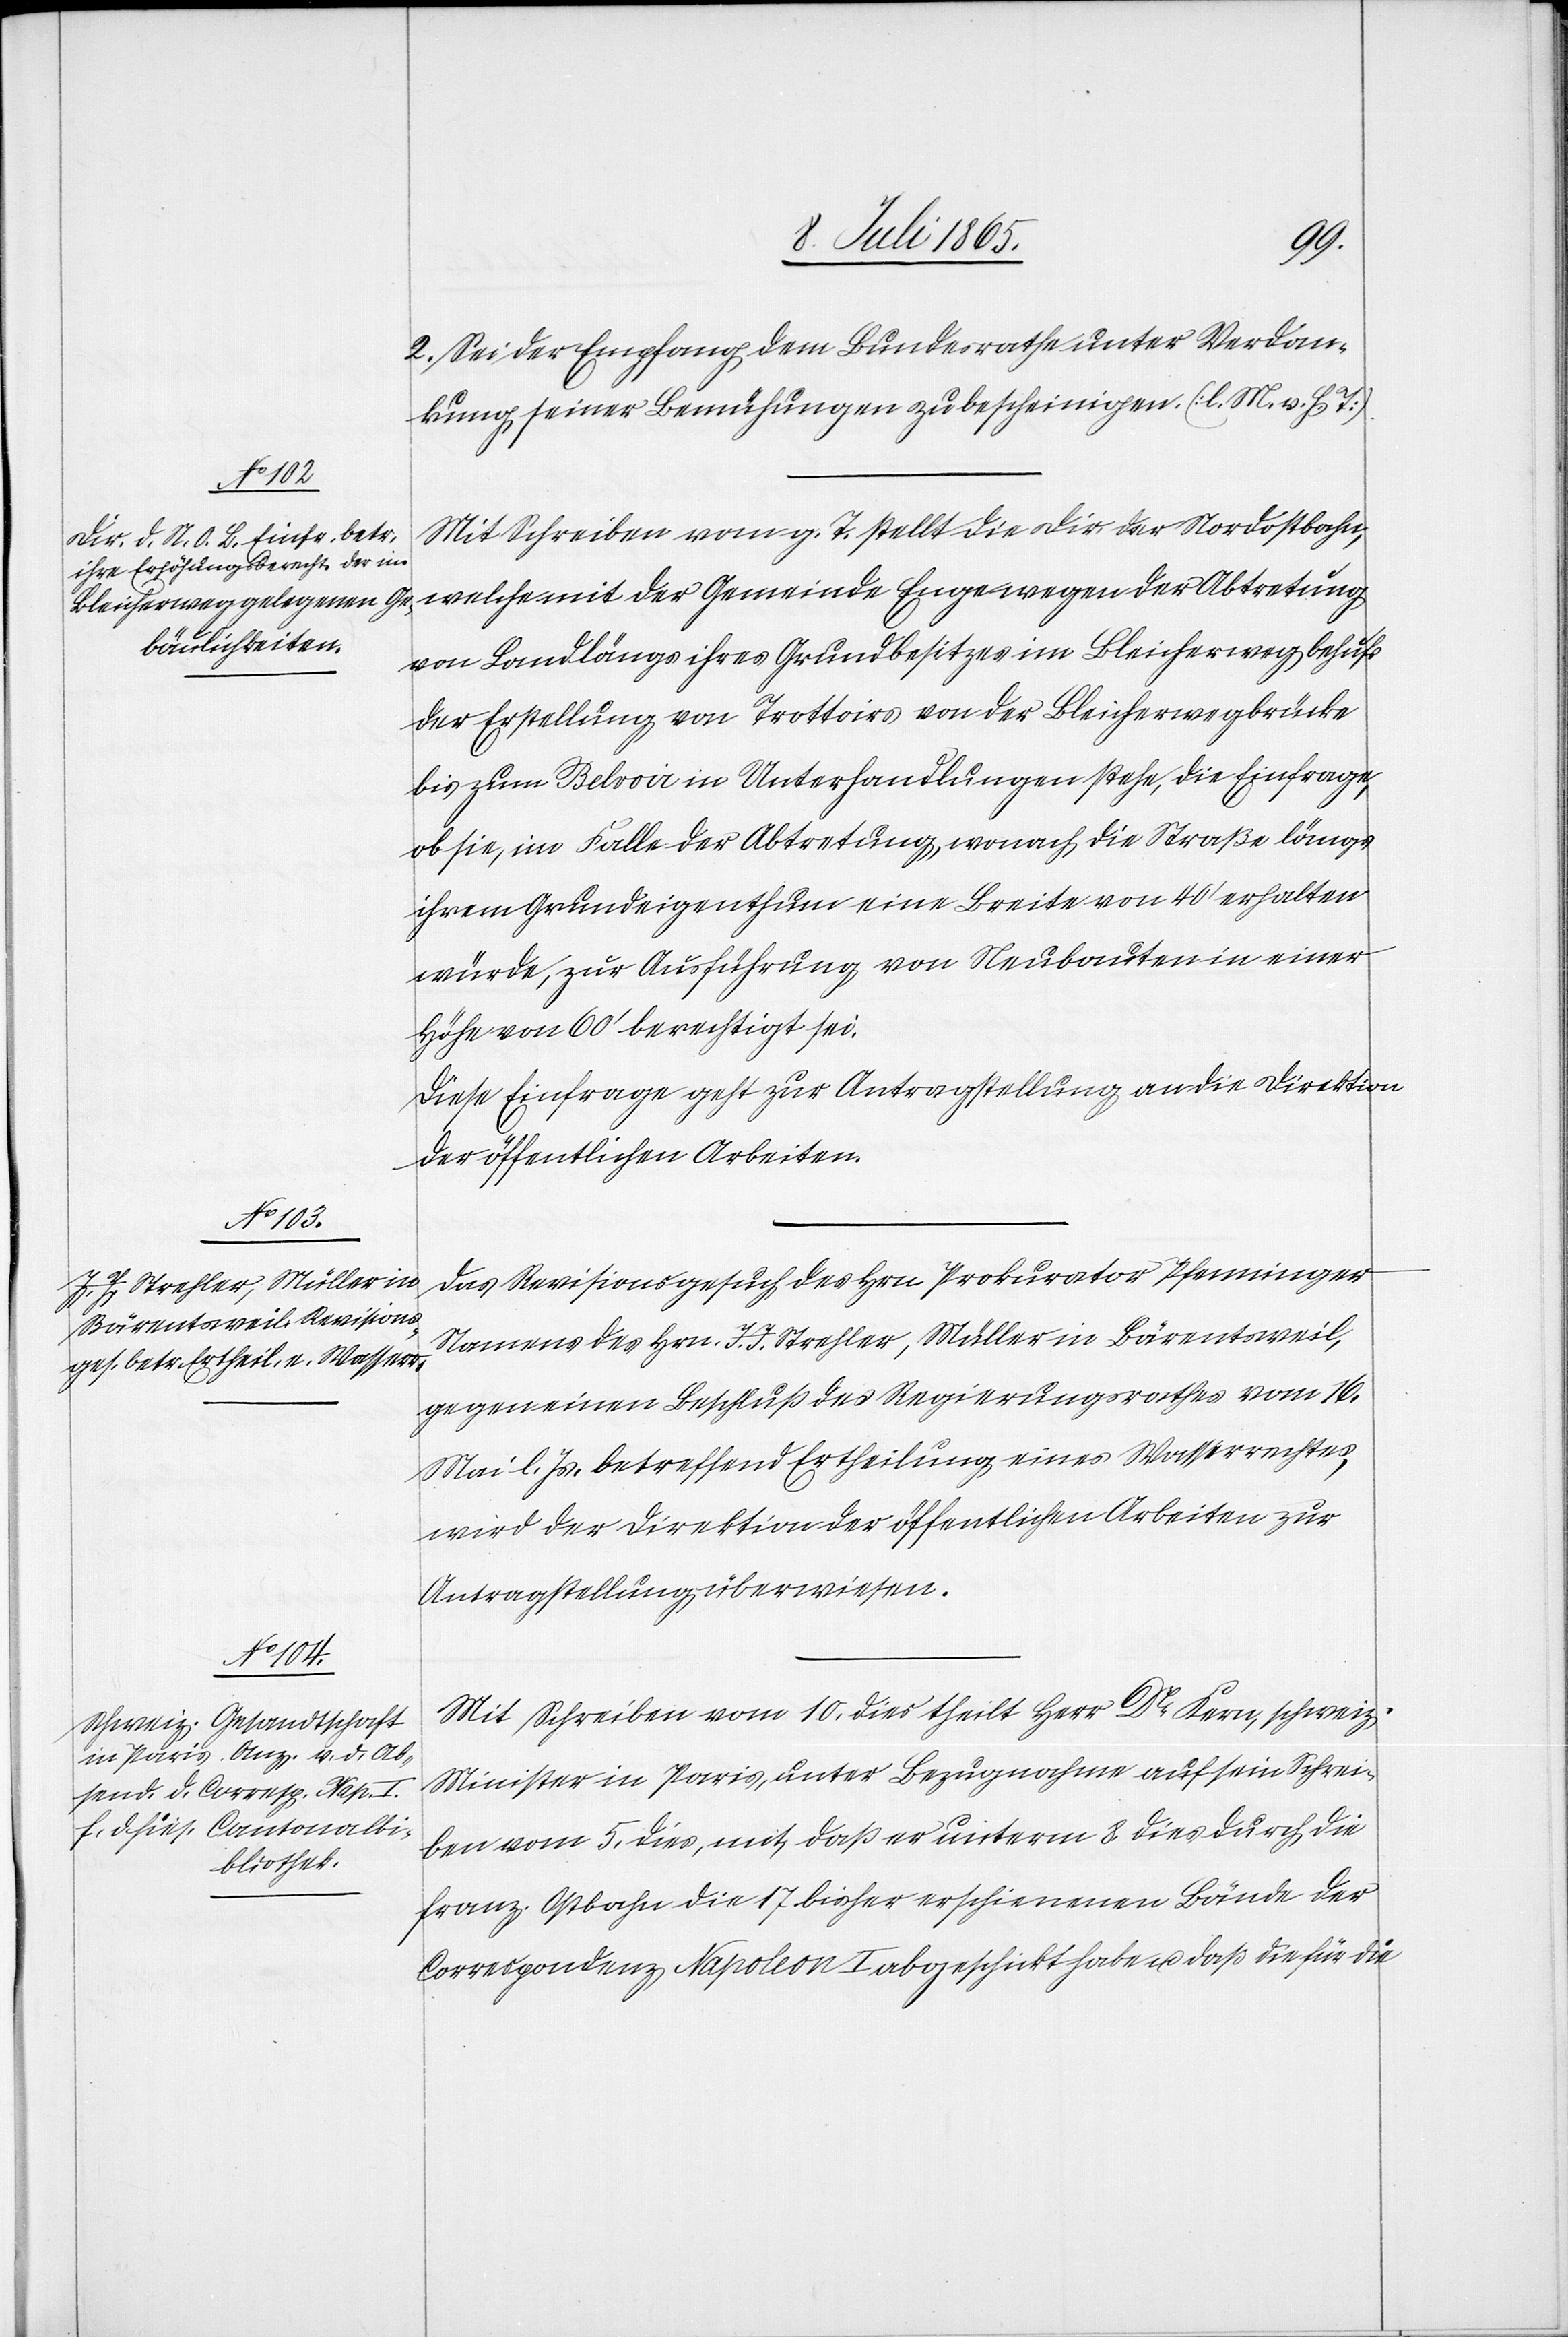
13. Juli 1865.]
2. Sei der Empfang dem Bundesrathe unter Verdan¬
kung seiner Bemühungen zu bescheinigen. [l. M. v. h. T.]
Mit Schreiben vom g. T. stellt die Dir. der Nordostbahn,
welche mit der Gemeinde Enge wegen der Abtretung
von Land längs ihres Grundbesitzes im Bleicherweg behufs
der Erstellung von Trottoirs von der Bleicherwegbrücke
bis zum Belvoir in Unterhandlungen stehe, die Einfrage,
ob sie, im Falle der Abtretung, wonach die Straße längs
ihrem Grundeigenthum eine Breite von 40’ erhalten
würde, zur Ausführung von Neubauten in einer
Höhe von 60’ berechtigt sei.
Diese Einfrage geht zur Antragstellung an die Direktion
der öffentlichen Arbeiten.
Das Revisionsgesuch des Hrn Prokurator Pfenninger
Namens des Hrn. J. J. Strehler, Müller in Bärentsweil,
gegen einen Beschluß des Regierungsrathes vom 16.
Mai l. Js. betreffend Ertheilung eines Wasserrechtes,
wird der Direktion der öffentlichen Arbeiten zur
Antragstellung überwiesen.
Mit Schreiben vom 10. dies theilt Herr Dr Kern, schweiz.
Minister in Paris, unter Bezugnahme auf sein Schrei¬
ben vom 5. dies, mit, daß er unterm 8. dies durch die
franz. Ostbahn die 17 bisher erschienenen Bände der
Correspondenz Napoleon I abgeschickt habe u. daß die für die